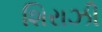
શિરાઝી